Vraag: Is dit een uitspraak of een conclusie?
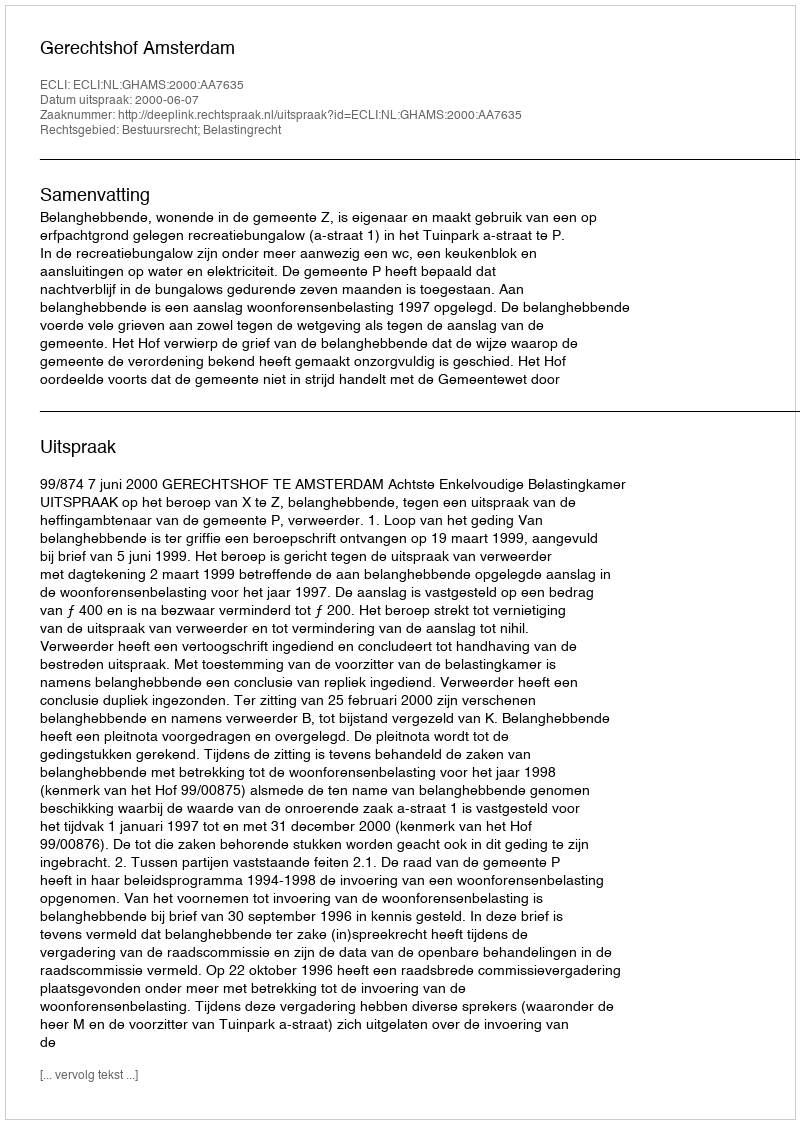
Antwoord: Uitspraak